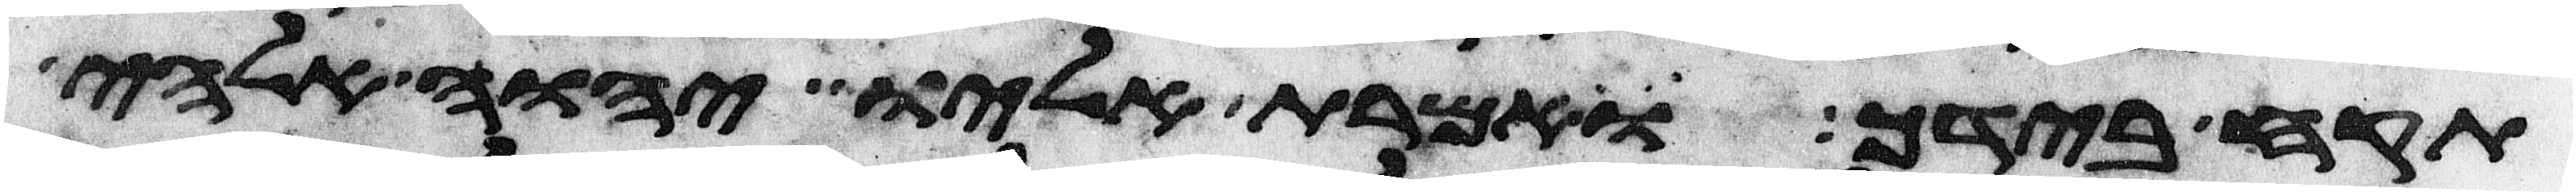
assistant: תקח בידך ואמרת אליו יהוה אלהי